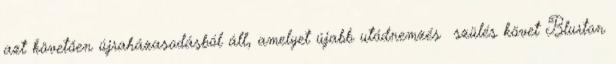
azt követően újraházasodásból áll, amelyet újabb utódnemzés szülés követ Blurton